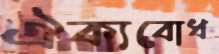
ঐক্যবোধ